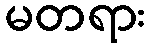
မတရား